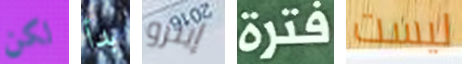
لكن بدأ إينزو فترة ليست